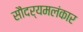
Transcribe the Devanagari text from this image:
सौंदर्यमलंकार